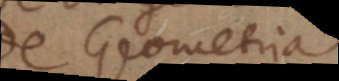
De Geometria.